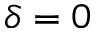
\delta = 0